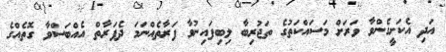
އަދި އެކަށީގެންވާ ވަރަށް މަސައްކަތުގެ ތަޖުރިބާ ލިބިފައިނުވާ ފަރާތެއްނަމަ ދެފަރާތް އެއްބަސްވާ ގޮތެއްގެ